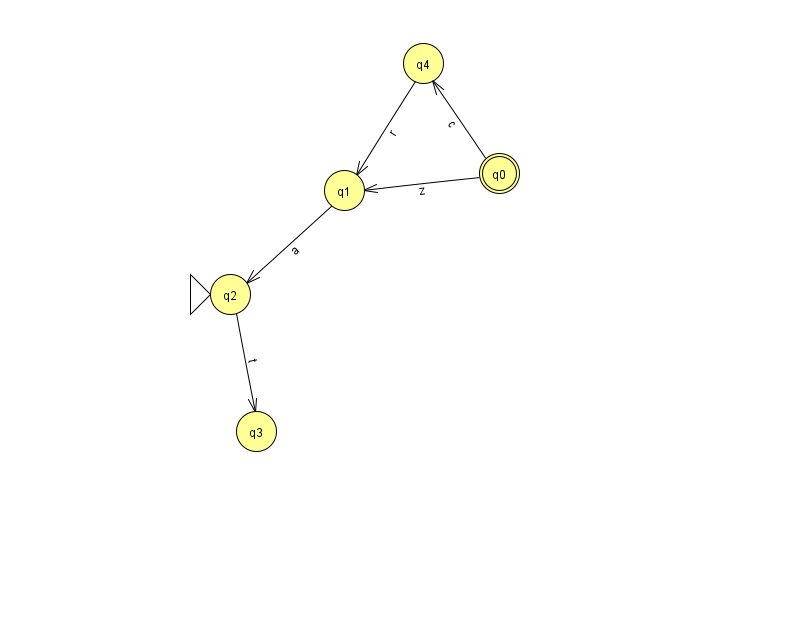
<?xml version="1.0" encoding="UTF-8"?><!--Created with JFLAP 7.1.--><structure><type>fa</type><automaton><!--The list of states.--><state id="0" name="q0"><x>499.0</x><y>160.0</y><final/></state><state id="1" name="q1"><x>344.0</x><y>177.0</y></state><state id="2" name="q2"><x>230.0</x><y>281.0</y><initial/></state><state id="3" name="q3"><x>256.0</x><y>418.0</y></state><state id="4" name="q4"><x>423.0</x><y>50.0</y></state><!--The list of transitions.--><transition><from>0</from><to>1</to><read>z</read></transition><transition><from>0</from><to>4</to><read>c</read></transition><transition><from>1</from><to>2</to><read>a</read></transition><transition><from>4</from><to>1</to><read>r</read></transition><transition><from>2</from><to>3</to><read>t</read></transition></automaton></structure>